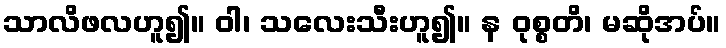
သာလိဖလဟူ၍။ ဝါ၊ သလေးသီးဟူ၍။ န ဝုစ္စတိ၊ မဆိုအပ်။